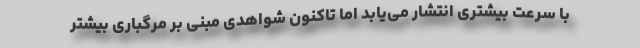
با سرعت بیشتری انتشار می‌یابد اما تاکنون شواهدی مبنی بر مرگباری بیشتر